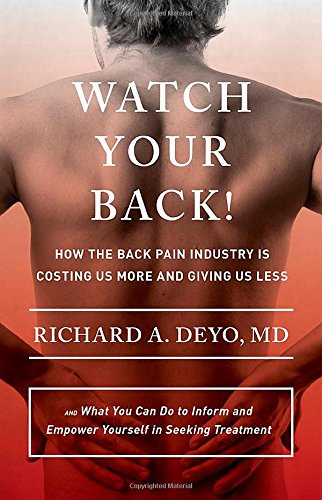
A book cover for Watch Your Back!: How the Back Pain Industry Is Costing Us More and Giving Us Lessand What You Can Do to Inform and Empower Yourself in Seeking ... Culture and Politics of Health Care Work); Richard A. Deyo MD; Medical Books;